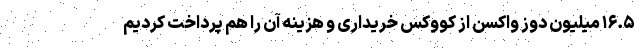
۱۶.۵ میلیون دوز واکسن از کووکس خریداری و هزینه آن را هم پرداخت کردیم